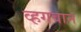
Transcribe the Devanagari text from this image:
व्हगवान